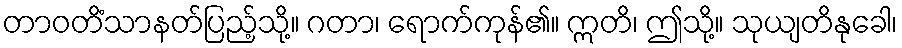
တာဝတိံသာနတ်ပြည့်သို့။ ဂတာ၊ ရောက်ကုန်၏။ ဣတိ၊ ဤသို့။ သုယျတိနုခေါ၊